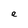
Character: e